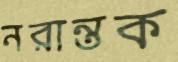
নরান্তক